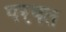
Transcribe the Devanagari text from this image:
परपत